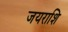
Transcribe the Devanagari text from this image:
जयराशि